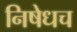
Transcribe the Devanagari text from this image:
निषेधच